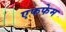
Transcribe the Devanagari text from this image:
एफफेम